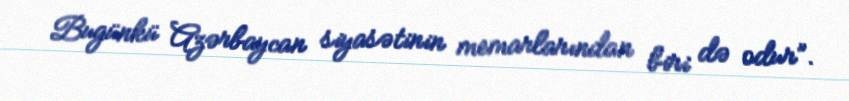
Bugünkü Azərbaycan siyasətinin memarlarından biri də odur”.